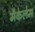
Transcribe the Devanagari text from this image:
मैकेलेम